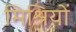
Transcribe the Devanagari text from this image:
मिश्रियों